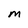
Character: M